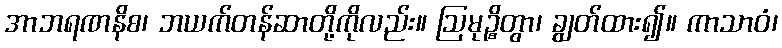
အာဘရဏနိစ၊ ဘယက်တန်ဆာတို့ကိုလည်း။ ဩမုဉ္စိတွာ၊ ချွတ်ထား၍။ ကာသာဝံ၊